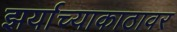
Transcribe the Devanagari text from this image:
झर्याच्याकाठावर